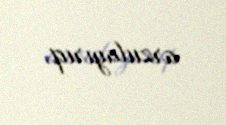
arzulayırıq.